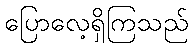
ပြောလေ့ရှိကြသည်